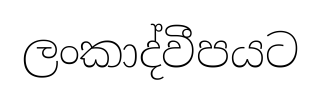
ලංකාද්වීපයට